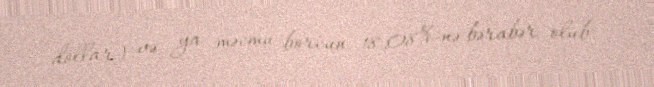
dollar) və ya məcmu borcun 18,08%-nə bərabər olub.